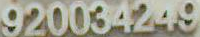
920034249